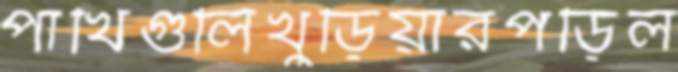
পাখিগুলিখুড়িয়ারপড়িল